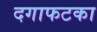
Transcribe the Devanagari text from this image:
दगाफटका